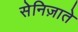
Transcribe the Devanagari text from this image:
सेनिज़ाते